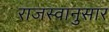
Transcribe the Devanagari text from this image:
राजस्वानुसार